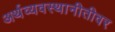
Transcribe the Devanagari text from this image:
अर्थव्यवस्थानीतीवर